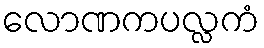
လောဏကပလ္လကံ